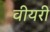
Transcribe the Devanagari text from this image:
वीयरी